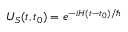
U _ { S } ( t , t _ { 0 } ) = e ^ { - i H ( t - t _ { 0 } ) / \hbar }